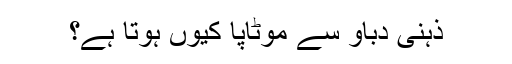
ذہنی دباؤ سے موٹاپا کیوں ہوتا ہے؟